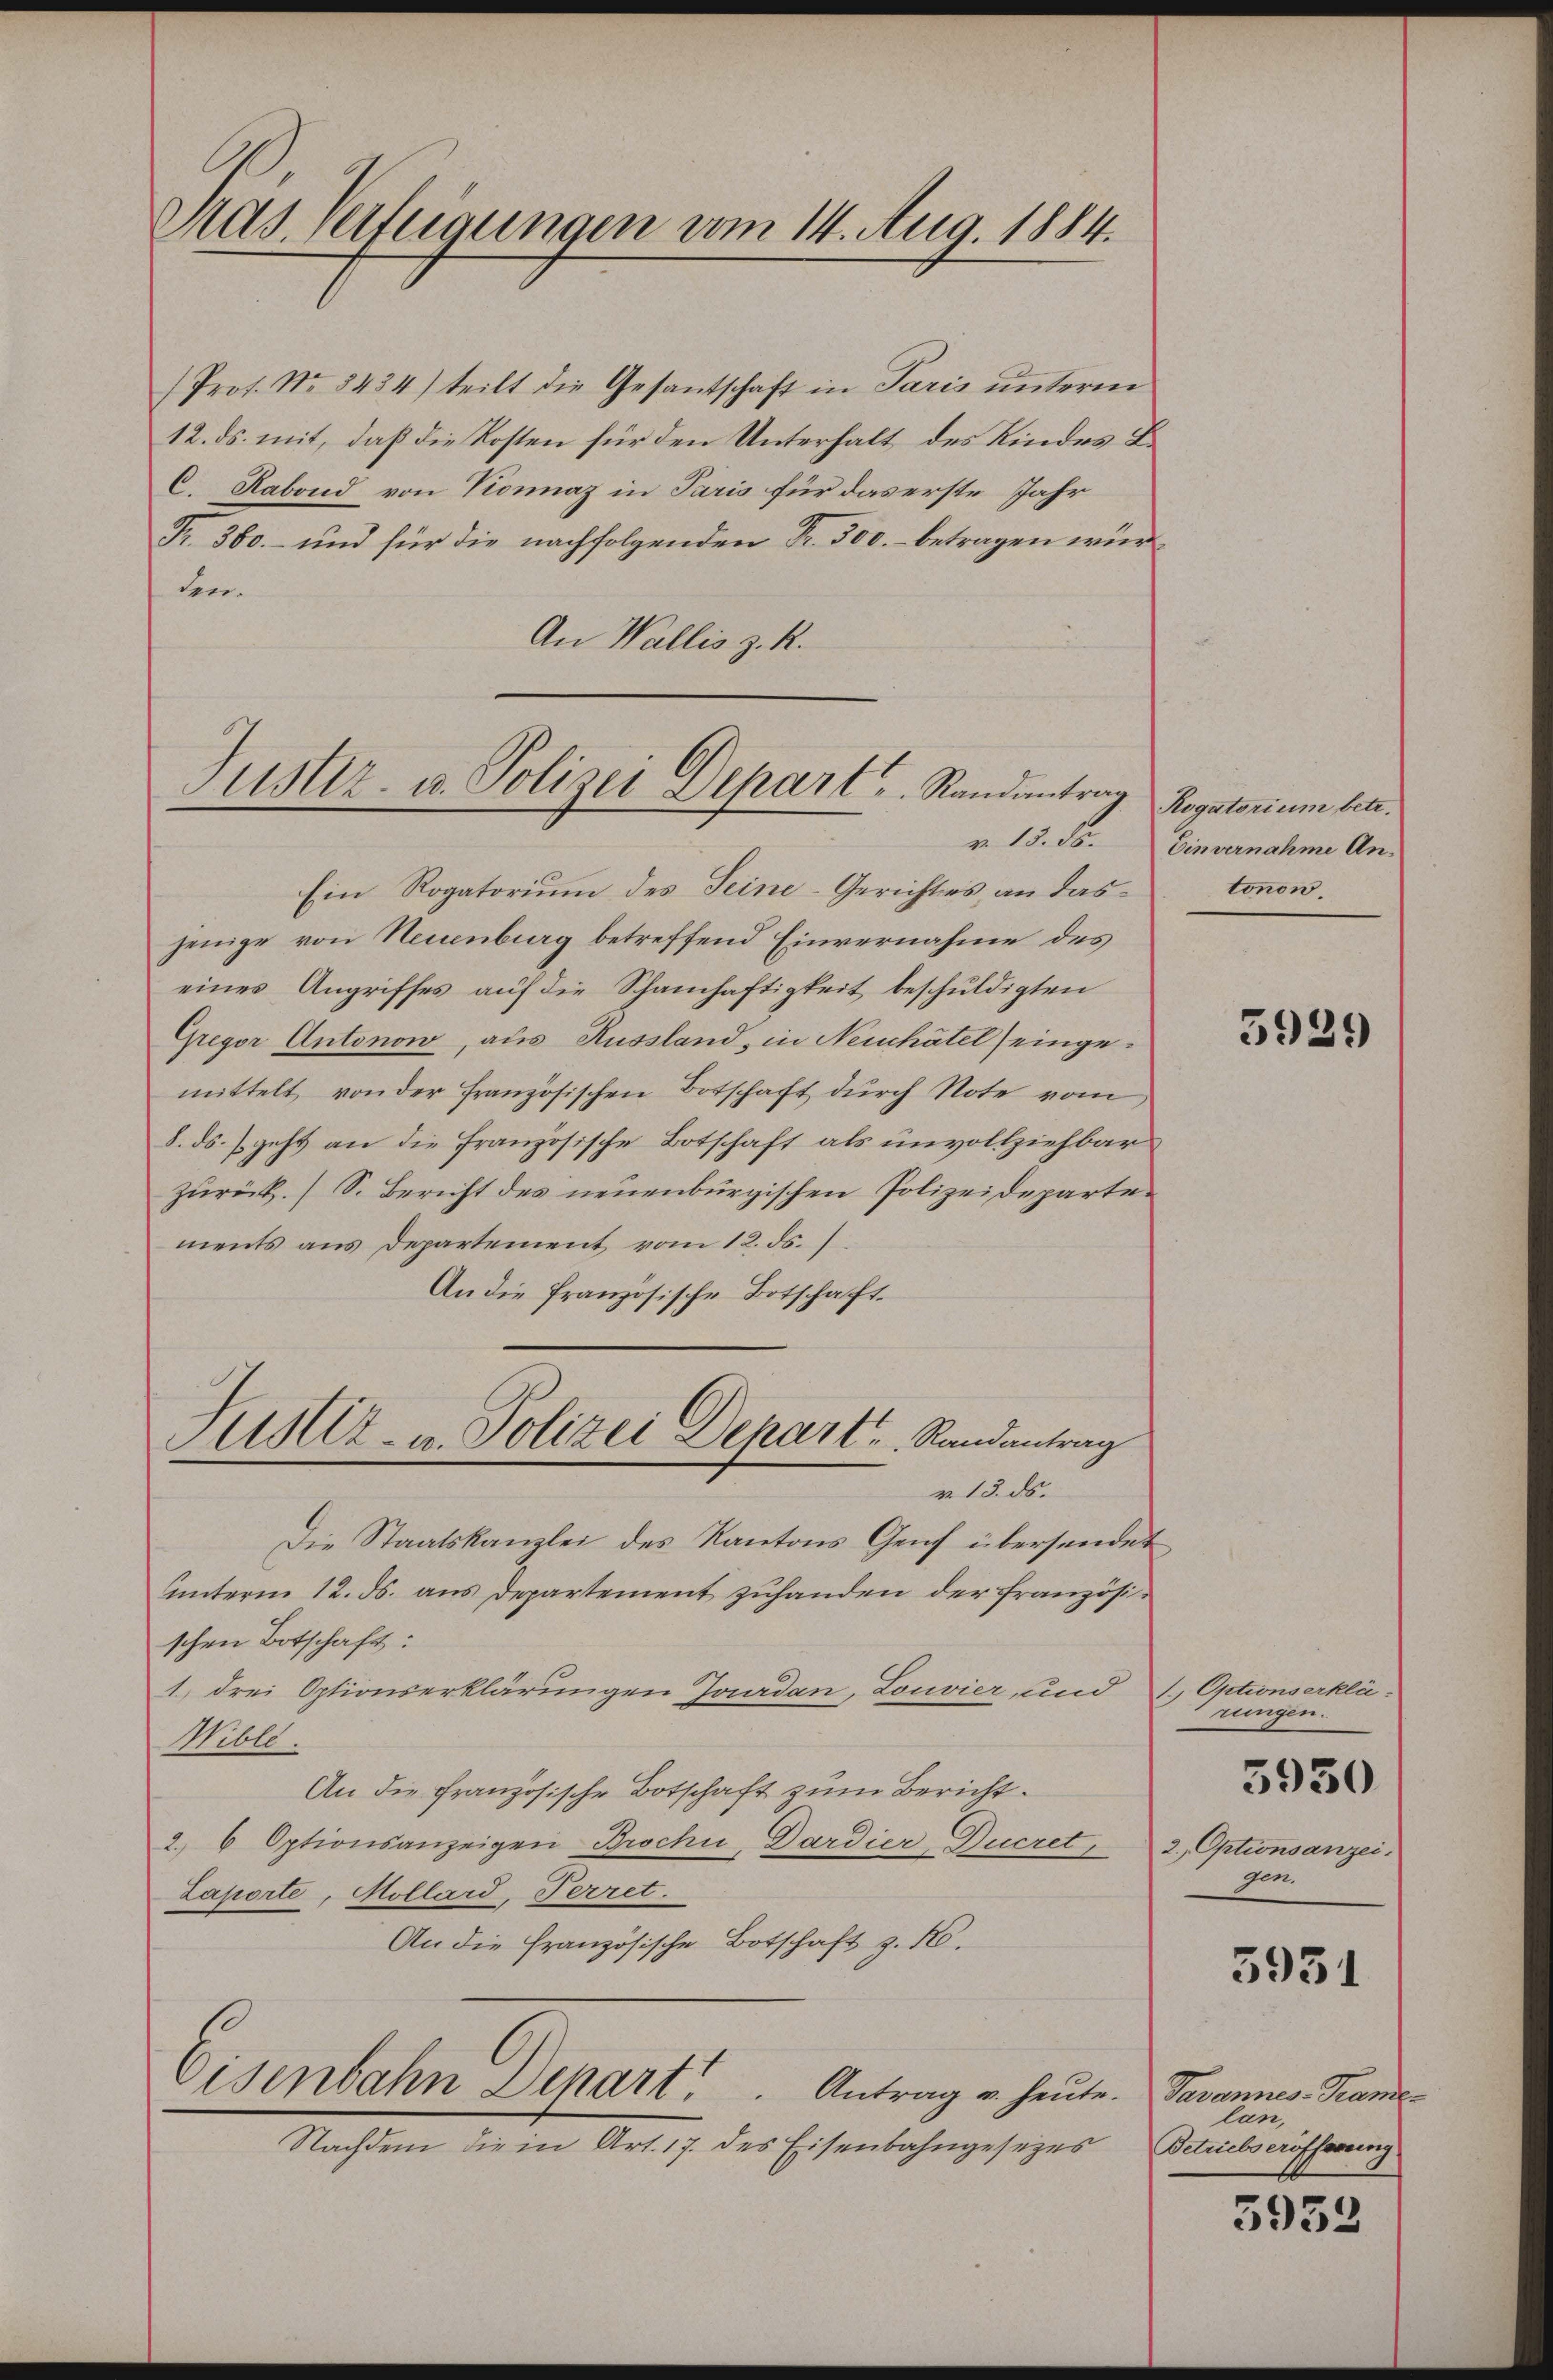
Pras Verfügungen vom 14. Aug. 1884.

(Prof. No 8434) teilt die Gesantschaft in Paris unterm
12. ds. mit, daß die Kosten für den Unterhalt des Kindes B
C. Rabond von Konnaz in Paris für das erste Jahr
Fr. 380. und für die nachfolgenden Fr. 500.- betragen würten.
An Wallis z. R.

Tuster- u. Polizei Depart u. Randantrag

Justiz- u. Polizei Depart . . Randantrag

Ein Rogatorium des Seine-Gerichtes, an dasjenige von Neuenburg betreffend Einvernahme des
eines Angriffes auf die Schamhaftigkeit beschuldigten
Gregor Antonow, aus Russland, in Neuchâtel) eingemittelt von der französischen Botschaft dŭrch Note vom
8. ds. geht an die Französische Botschaft als unvollziehbar
zurück. (S. Bericht des neuenburgischen Polizeidepartements aus Departement vom 12. ds.
An die französische Botschaft.
v. 13. ds.
Die Staatskanzlei des Kantons Genf übersendet
Unterm 12. ds. ans Departement zuhanden der Französischen Botschaft:
1.) drei Optionserklärungen Jourdan, Louvier und 1., Optionserklä-
Wible.
An die Französische Botschaft zum Bericht.
2, 6 Optionsanzeigen Brochi, Dardier-Ducret, 2., Optionsanzei
Zaporte, Hollard, Ferret.
An die Französische Botschaft z. No.
Eisenbahn Depart. Antrag u. heute. Savannes-Teame¬
Nachdem die in Art. 17. des Eisenbahngesezes

Rogatorium betr.
v. 15. 55. Einvernahme An-
tonnen.

3929

rungen.
gen.

5930

5931

lan,
Betriebseröfferung

3953